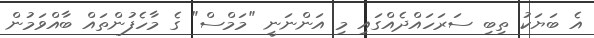
އެ ބަޔަކު ތިބި ސަރަހައްދެއްގައި މި އަންނަނީ "މަމްސް" ގެ މާހެފުންތައް ބާއްވަމުން